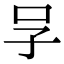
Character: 𠯂